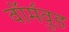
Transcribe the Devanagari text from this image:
वॉर्मवुड